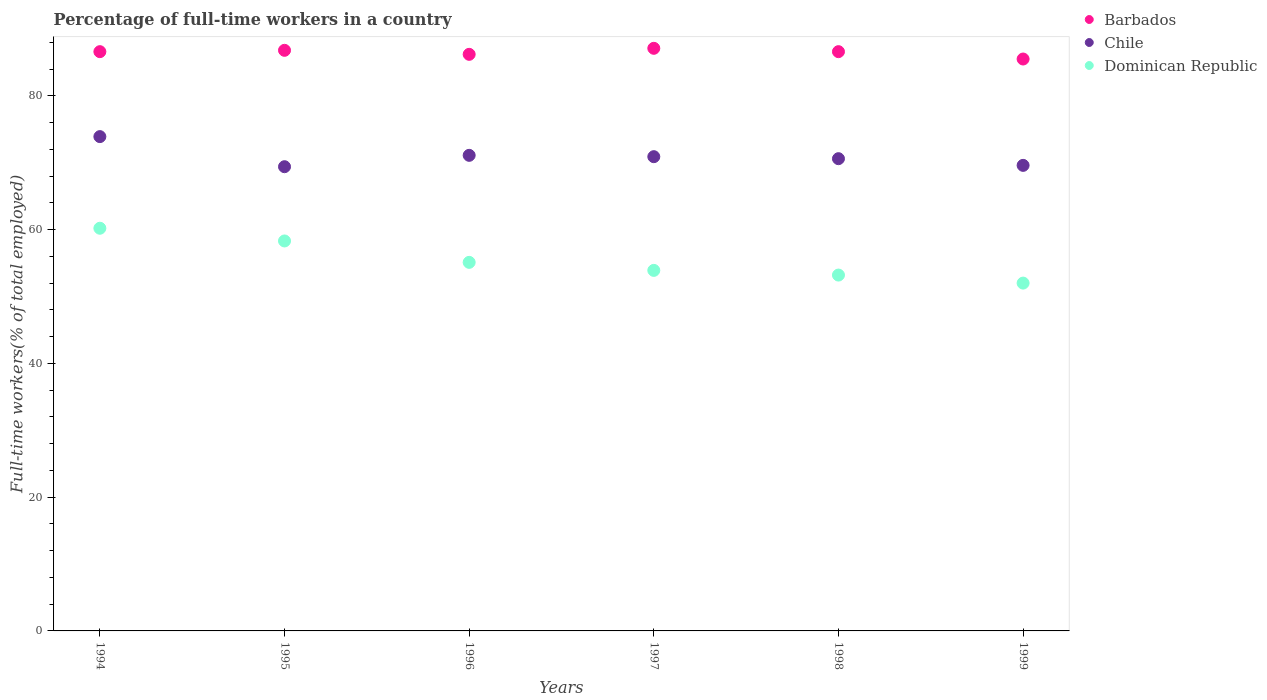
| Years | Barbados | Chile | Dominican Republic |
 | --- | --- | --- | --- |
 | 1994 | 86.6 | 73.9 | 60.2 |
 | 1995 | 86.8 | 69.4 | 58.3 |
 | 1996 | 86.2 | 71.1 | 55.1 |
 | 1997 | 87.1 | 70.9 | 53.9 |
 | 1998 | 86.6 | 70.6 | 53.2 |
 | 1999 | 85.5 | 69.6 | 52 |